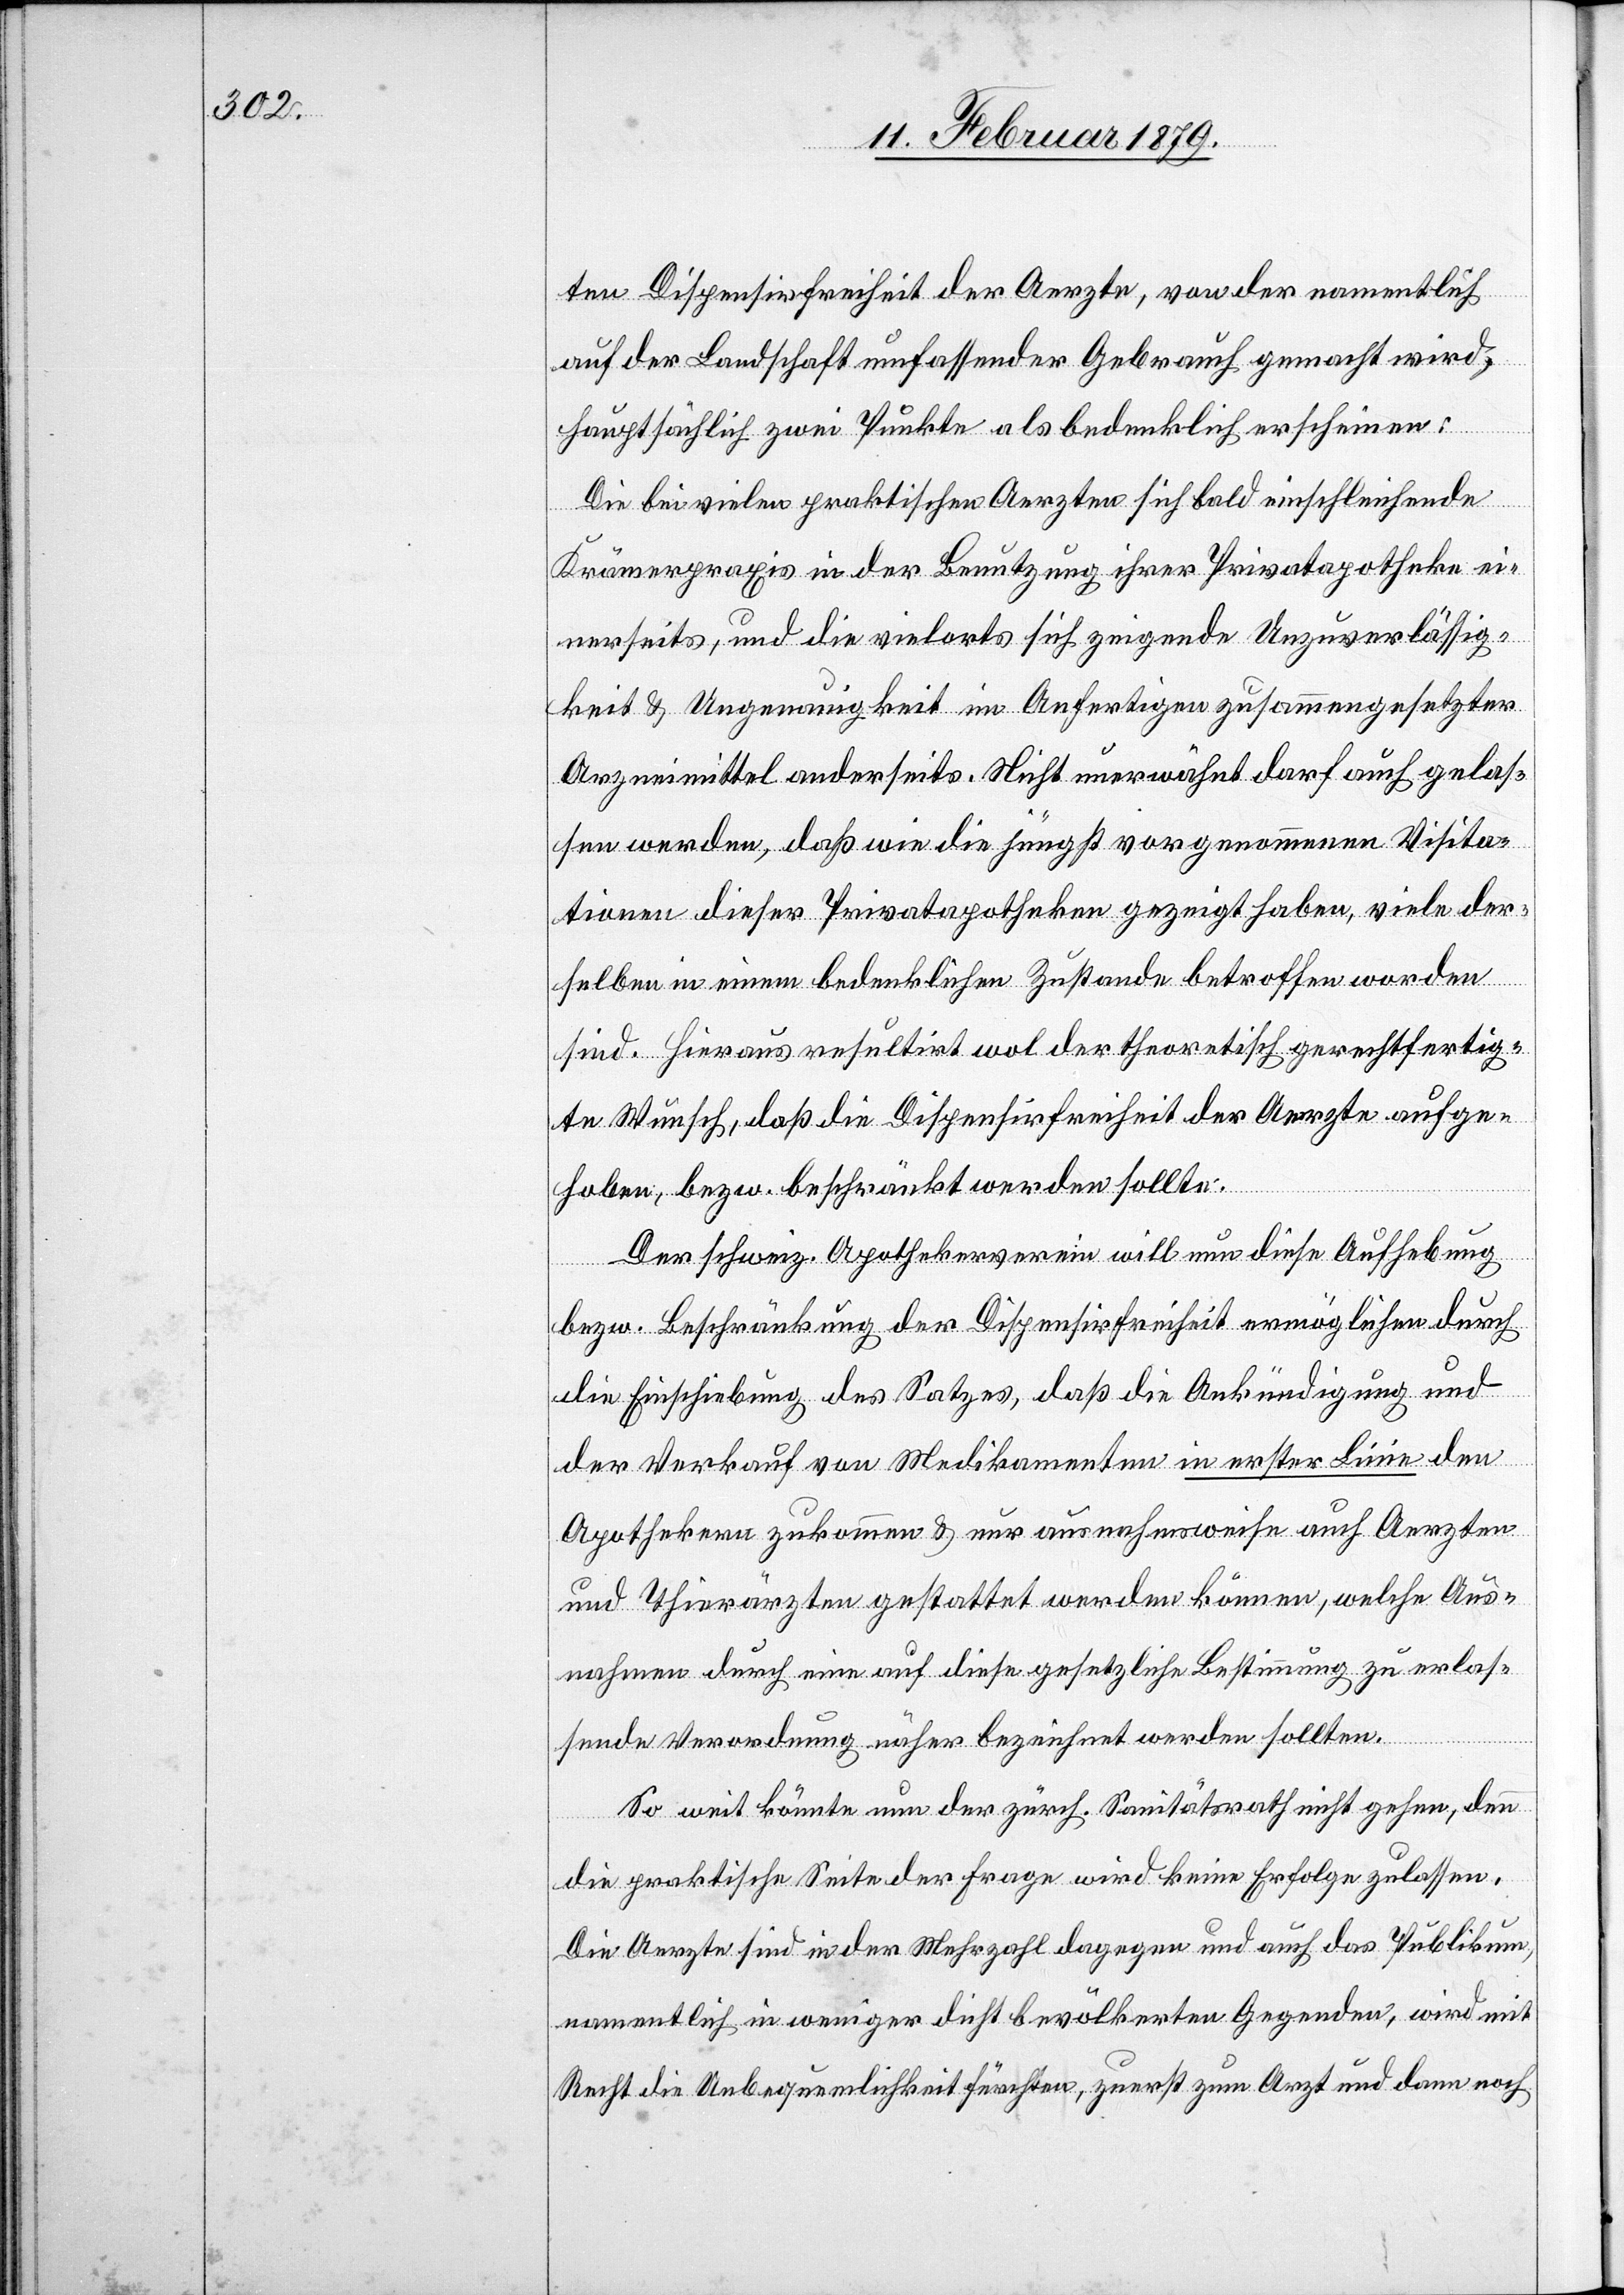
ten Dispensirfreiheit der Aerzte, von der namentlich
auf der Landschaft umfassender Gebrauch gemacht wird,
hauptsächlich zwei Punkte als bedenklich erscheinen:
Die bei vielen praktischen Aerzten sich bald einschleichende
Krämerpraxis in der Benutzung ihrer Privatapotheke ei¬
nerseits, und die vielorts sich zeigende Unzuverlässig¬
keit & Ungenauigkeit im Anfertigen zusammengesetzter
Arzneimittel anderseits. Nicht unerwähnt darf auch gelas¬
sen werden, daß wie die jüngst vorgenommenen Visita¬
tionen dieser Privatapotheken gezeigt haben, viele der¬
selben in einem bedenklichen Zustande betroffen worden
sind. Hieraus resultirt wol der theoretisch gerechtfertig¬
te Wunsch, daß die Dispensirfreiheit der Aerzte aufge¬
hoben, bezw. beschränkt werden sollte.
Der schweiz. Apothekerverein will nun diese Aufhebung
bezw. Beschränkung der Dispensirfreiheit ermöglichen durch
die Einschiebung des Satzes, daß die Ankündigung und
der Verkauf von Medikamenten in erster Linie den
Apothekern zukommen & nur ausnahmsweise auch Aerzten
und Thierärzten gestattet werden können, welche Aus¬
nahmen durch eine auf diese gesetzliche Bestimmung zu erlas¬
sende Verordnung näher bezeichnet werden sollten.
So weit könnte nun der zürch. Sanitätsrath nicht gehen, denn
die praktische Seite der Frage wird keine Erfolge zulassen.
Die Aerzte sind in der Mehrzahl dagegen und auch das Publikum,
namentlich in weniger dicht bevölkerten Gegenden, wird mit
Recht die Unbequemlichkeit fürchten, zuerst zum Arzt und dann noch